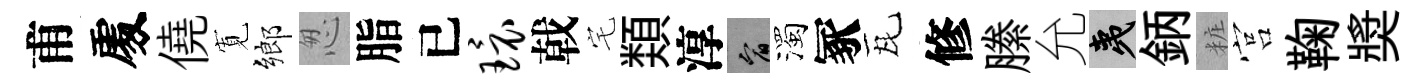
甫𠁅僥𡩖鄉怱脂已环戟宅𩔖淳宥濁冢瓦修縢允夷鈵粧宫鞠奬